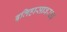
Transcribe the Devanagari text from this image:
इतिहासावरचा